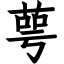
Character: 萼